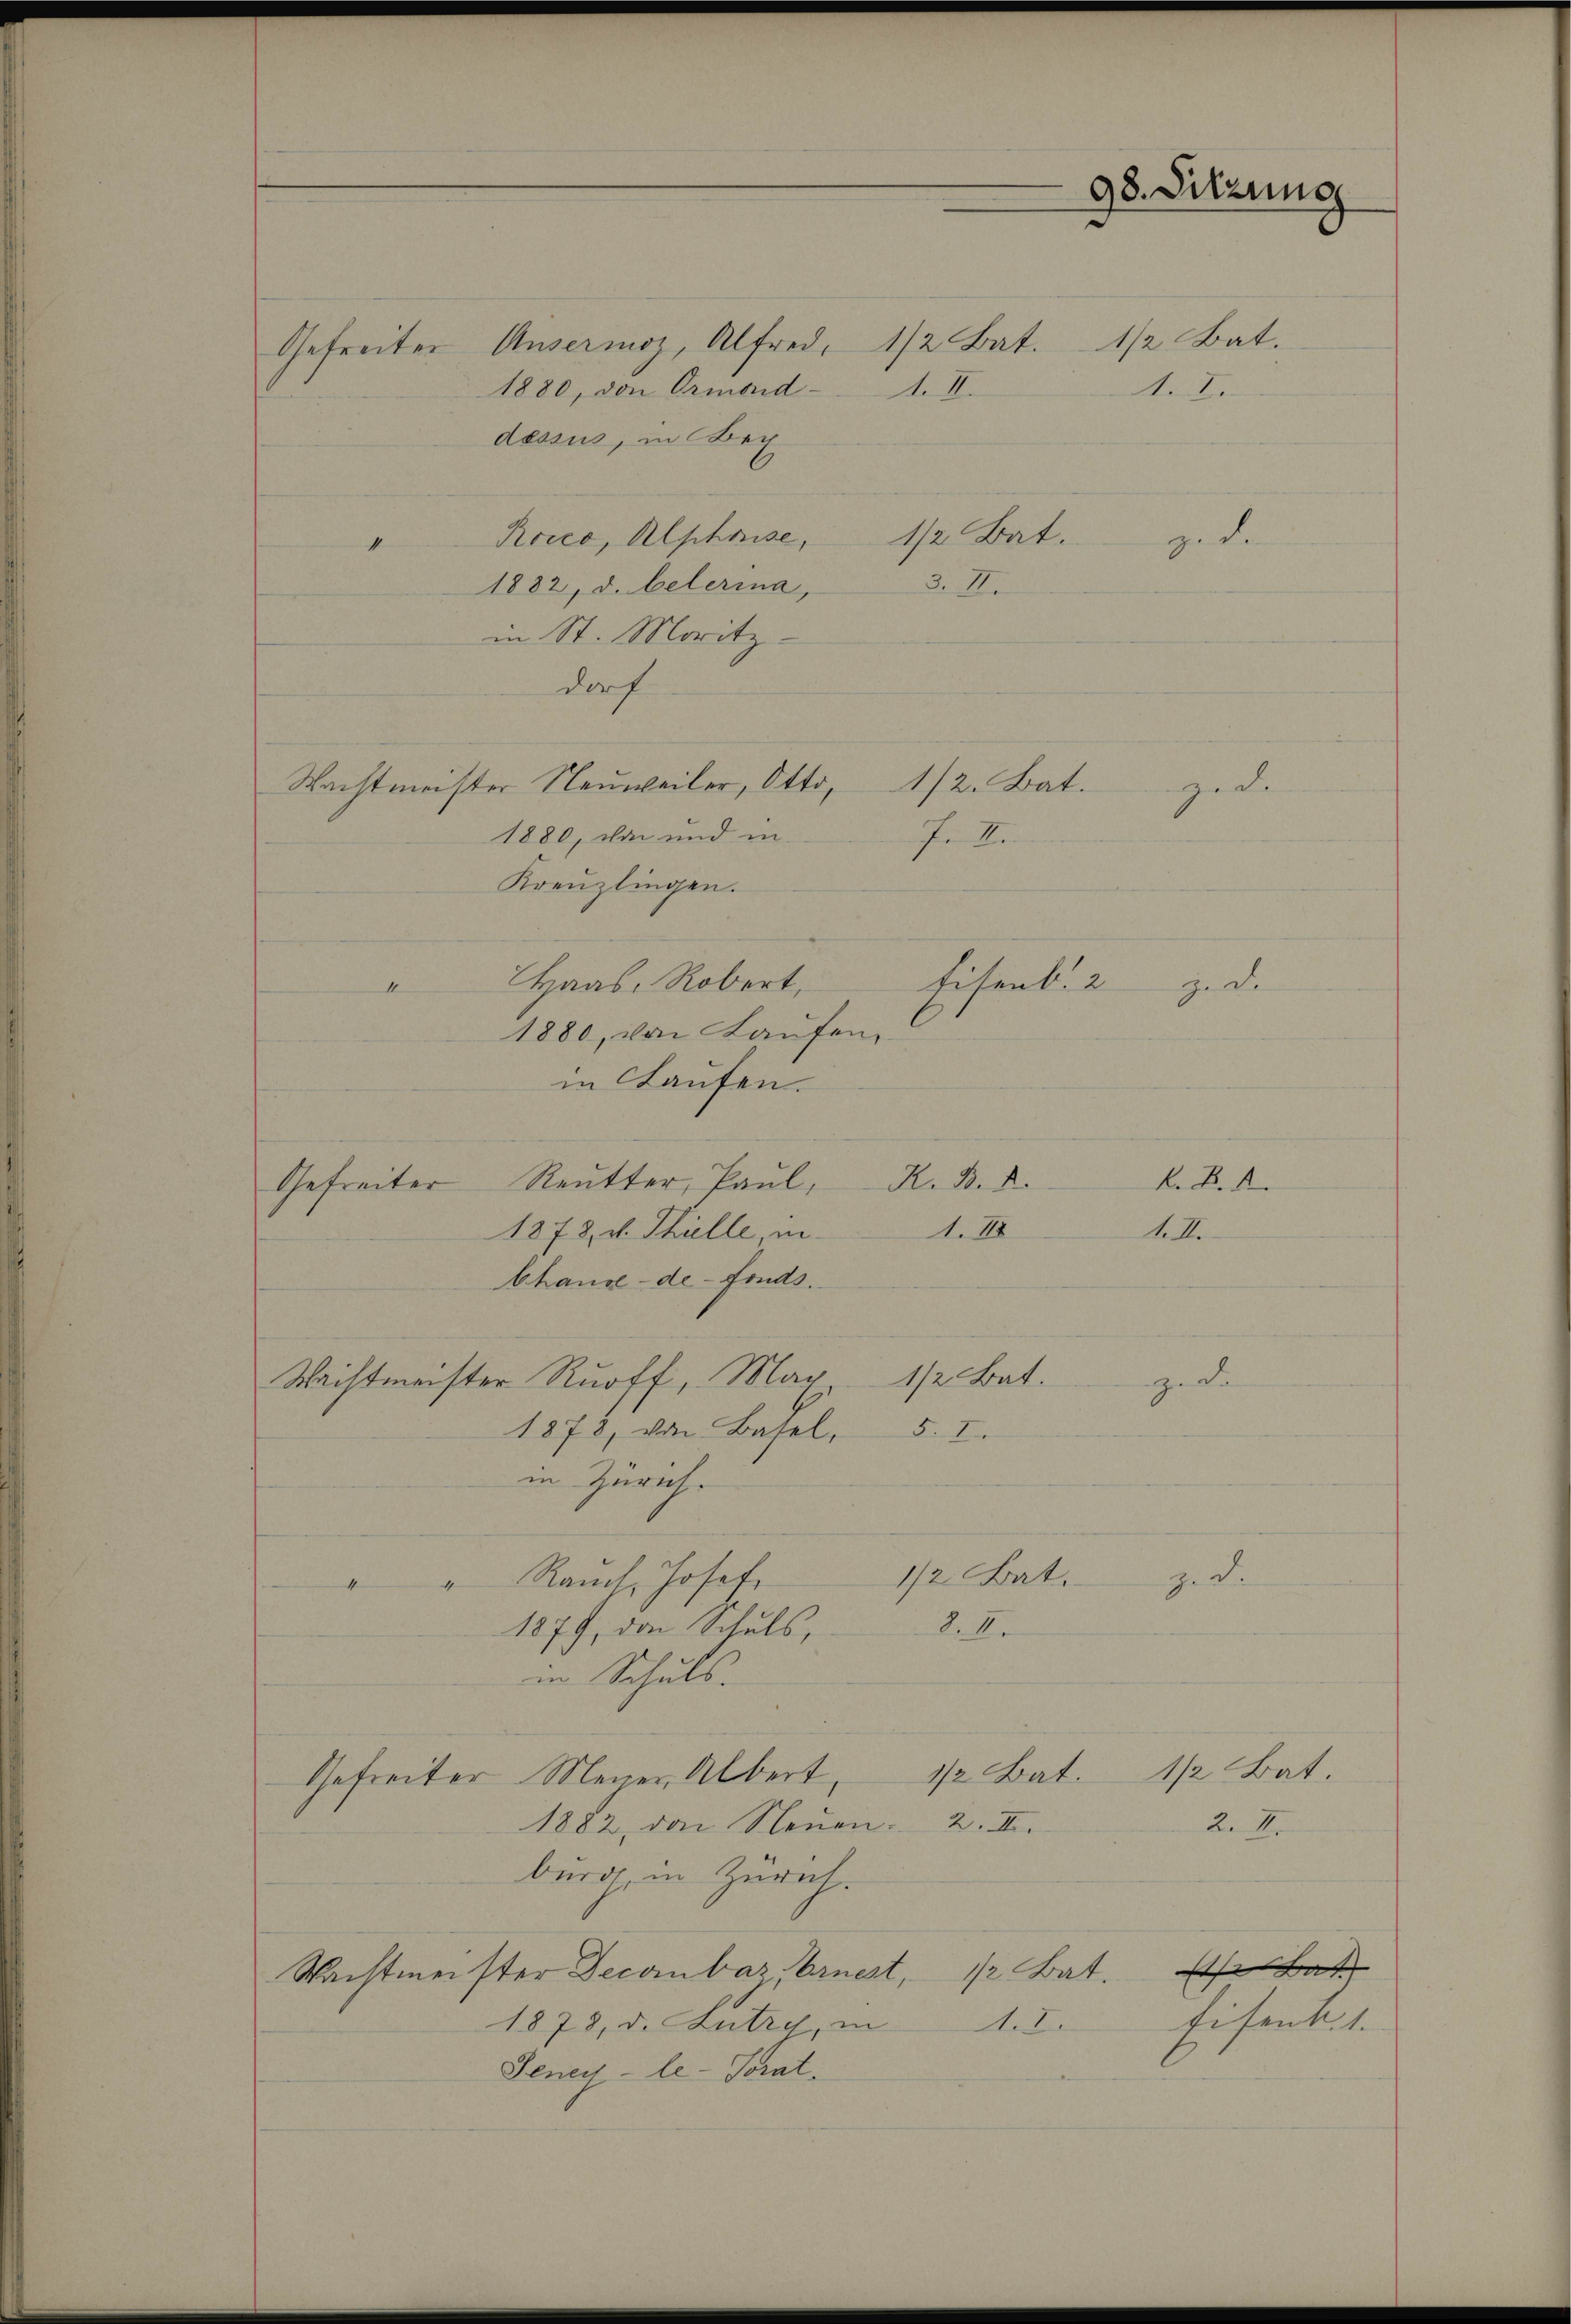
Gefreiter Unsermoz, Alfred, 1/2 Bat. 1 1/2 Bat.
1880, den Ormond-
A.I.
dessus, in Bey
1/2 Bat.
Rrico, Alphouse,
4
3. II.
1882, d. belerina,
in St. Moritz
dorf
1/2. Bat.
Wachtmeister Neuweiler, Otto,
ziel
1880, von und in
In Be
Kreuzlingen.
Eisenb. 2
Haas, Robert,
zede
I
1880, von Laufen,
in Chaufen.
Gefreiter Reutter, Paul, K. B. d.
1. 118
1878 d. Thielle, in
bhause-de-Fonds.
1/2 Bat.
Wristmeister Ruoff, Mar
gede
§. 2.
1878, von Basel,
in Zürich.
ze de
1/2 Bat.
" Rauch, Josef
4
8.4.
1879, den Schuls,
in Schuls.
1/2 Bat.
1/2 Bat.
Gefreiter Meyer, Albert,
2. 4.
1882, den Neuen. 2. III.
burg, in Zürich.
1/2 Bat.
Wachtmeister Decanbaz, Ernest,
A.E.
1878, d. Lutre, in
Seney-le-Scrat.

4.I.

98. Sitzung

ze de

K. K. A.
A.II.

s Bat
Eisent. 1.